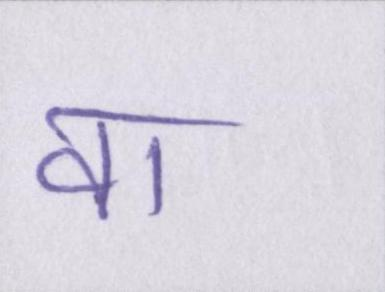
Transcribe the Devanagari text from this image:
वा